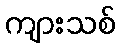
ကျားသစ်